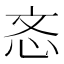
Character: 忞